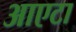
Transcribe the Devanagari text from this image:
आएटा